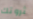
ثروتك